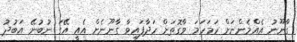
ގާނޫނު އެއްމެންނަށް ހަމަހަމަ ވާގޮތަށް ހަދާފައިވާ ގާނޫނެށް އެއީ އޭގަ ނުބުނޭ އަބުދު